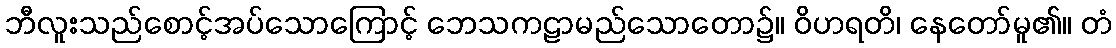
ဘီလူးသည်စောင့်အပ်သောကြောင့် ဘေသကဠာမည်သောတော၌။ ဝိဟရတိ၊ နေတော်မူ၏။ တံ